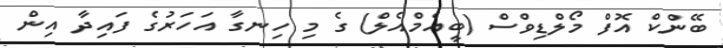
ބޭންކް އޮފް މޯލްޑިވްސް (ބީއެމްއެލް) ގެ މި ހިނގާ އަހަރުގެ ފައިދާ އިން